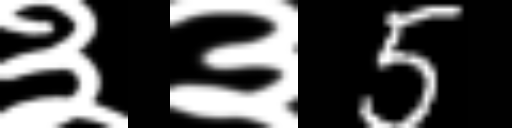
Text: ३३5